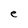
Character: e